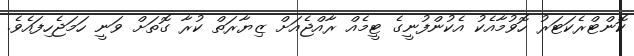
ކޮންޓްރެކަޓަރު ހޮވުމާއެކު އެކުންފުނީގެ ޓީމެއް ރާއްޖެއަށް ޒިޔާރަތް ކުރާ ގޮތަށް ވަނީ ހަމަޖެހިފައެވެ.